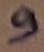
Text: 9